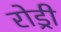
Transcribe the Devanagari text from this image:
रोड्री